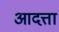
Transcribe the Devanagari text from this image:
आदत्ता